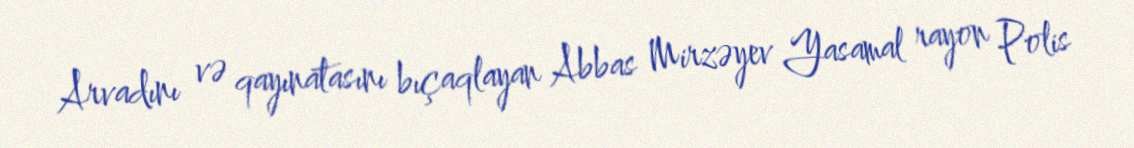
Arvadını və qayınatasını bıçaqlayan Abbas Mirzəyev Yasamal rayon Polis